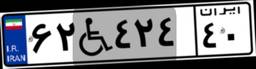
۶۲W۴۲۴۴۰